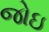
જોઇ